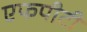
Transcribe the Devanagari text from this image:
एफपीटी